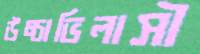
উচ্চাভিলাসী